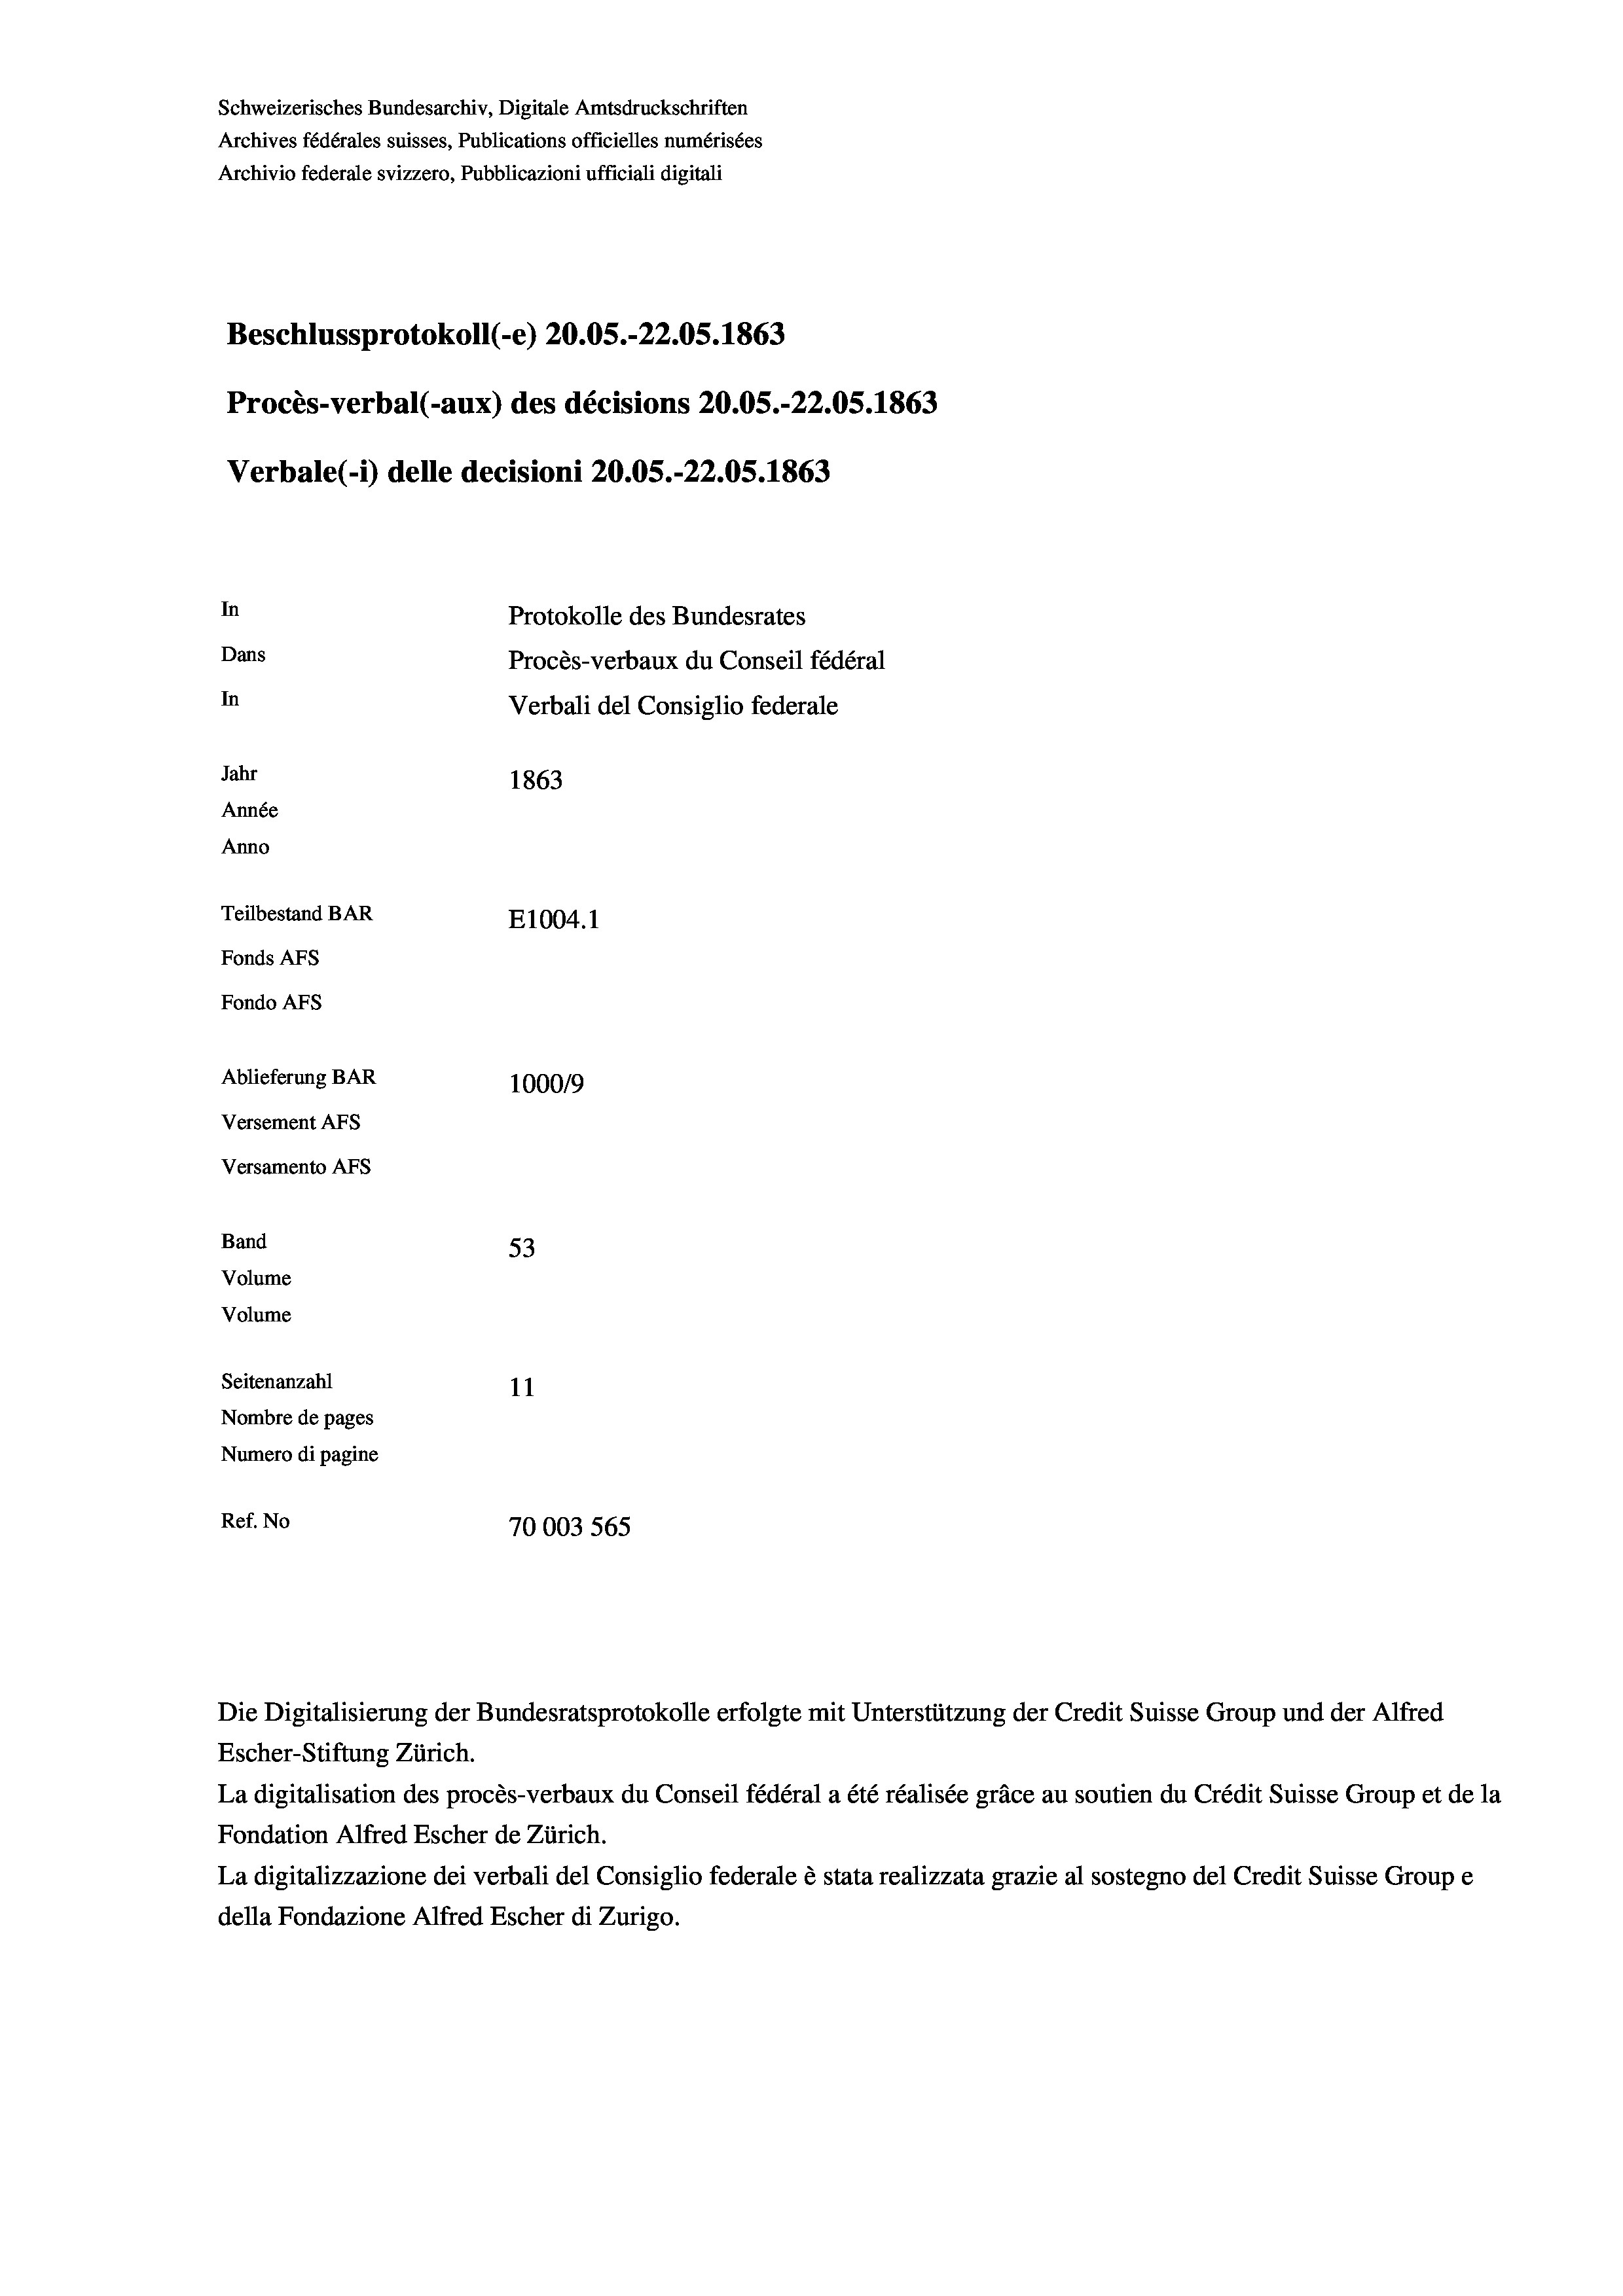
e
Beschlussprotokoll (-e) 20.05.-22.05. 1863
Procès-verbal (-aux) des décisions 20.05.-22.05. 1863
In
Protokolle des Bundesrates
Dans
Procès-verbaux du Conseil fédéral
In
Verbali del Consiglio federale
Jahr
1863
Année
Anno
Teilbestand BAR
E1004.1
Fonds AFs
Fondo AFS
Ablieferung BAR
100019
Versement AFs
Versamento AFs

Band
Volume
Volume
Seitenanzahl

53
11
Nombre de pages
Numero di pagine
Ref. No
70003 565

Schweizerisches Bundesarchiv, Digitale Amtsdruckschriften
Archives fédérales suisses, Publications officielles numérisées
Archivio federale svizzero, Pubblicazioni ufficiali digitali

Verbale(-*) delle decisioni 20.05.-22.05. 1863

Escher-Stiftung Zürich.
La digitalisation des procès-verbaux du Conseil fédéral a été réalisée gräce au soutien du Crédit Suisse Group et de la
Fondation Alfred Escher de Zürich.
La digitalizzazione dei verbali del Consiglio federale è stata realizzata grazie al sostegno del Credit Suisse Groupe
della Fondazione Alfred Escher di Zurigo.

Die Digitalisierung der Bundesratsprotokolle erfolgte mit Unterstützung der Credit Suisse Group und der Alfred